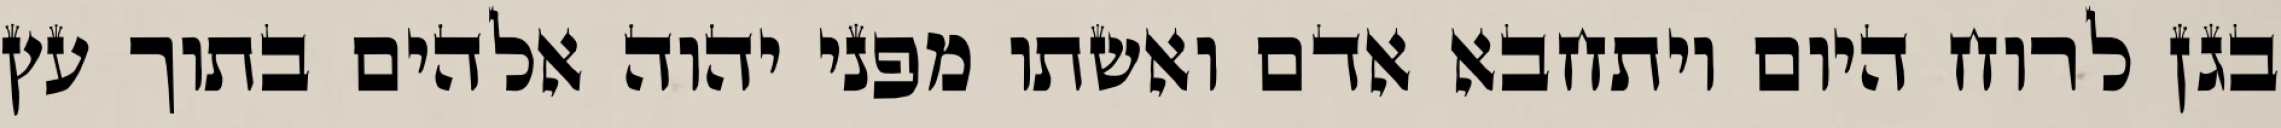
בגן לרוח היום ויתחבא אדם ואשתו מפני יהוה אלהים בתוך עץ